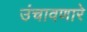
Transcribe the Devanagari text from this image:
उंचावणारे